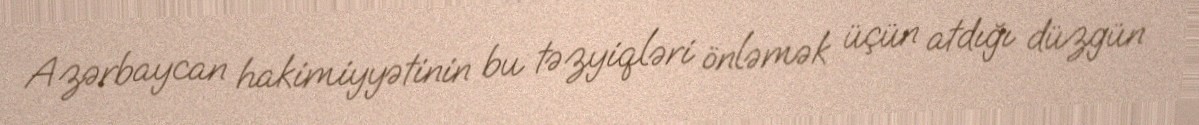
Azərbaycan hakimiyyətinin bu təzyiqləri önləmək üçün atdığı düzgün